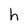
Character: h